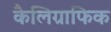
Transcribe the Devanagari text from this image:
कैलिग्राफिक